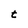
Character: t